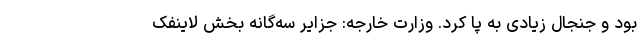
بود و جنجال زیادی به پا کرد. وزارت خارجه: جزایر سه‌گانه بخش لاینفک